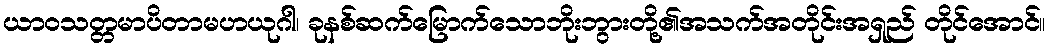
ယာဝသတ္တမာပိတာမဟယုဂါ၊ ခုနစ်ဆက်မြောက်သောဘိုးဘွားတို့၏အသက်အတိုင်းအရှည် တိုင်အောင်။